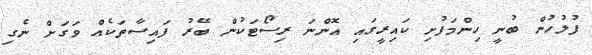
ފުލުހުން ބުނީ ހިންމަފުށި ކައިރީގައި އޮންނަ ރިސޯޓަކުން ބޭރު ފައިސާތަކެއް ވަގަށް ނެގި